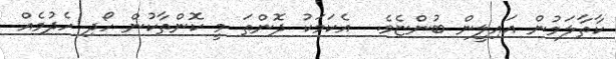
ކާތާލަމުން އައިލީން ބުންޏެވެ.  އެކަމަކު ދޮންތަ މީ ކޮންތާކުން ހޯދި ހެދުމެއް